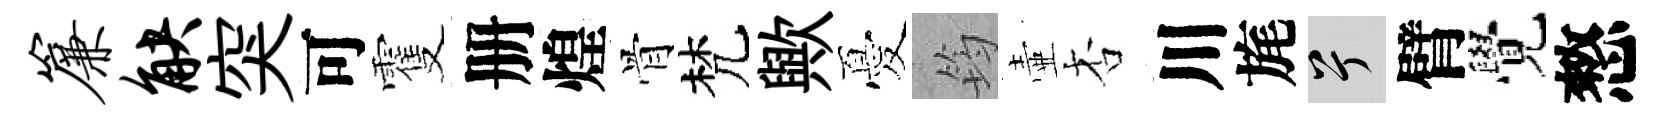
帘觖突可䨥册煌骨梵歟憂筠壷杏川旄兮臂覺憗